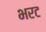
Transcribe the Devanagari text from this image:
भरट